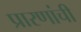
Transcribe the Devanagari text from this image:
प्रारणांची